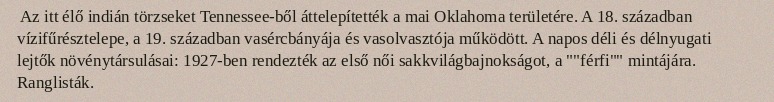
Az itt élő indián törzseket Tennessee-ből áttelepítették a mai Oklahoma területére. A 18. században vízifűrésztelepe, a 19. században vasércbányája és vasolvasztója működött. A napos déli és délnyugati lejtők növénytársulásai: 1927-ben rendezték az első női sakkvilágbajnokságot, a ""férfi"" mintájára. Ranglisták.